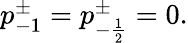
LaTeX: \begin{array}{r}{p_{-1}^{\pm}=p_{-\frac 12}^{\pm}=0.}\end{array}